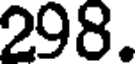
298.